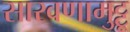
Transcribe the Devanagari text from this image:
सारवणामुट्टू